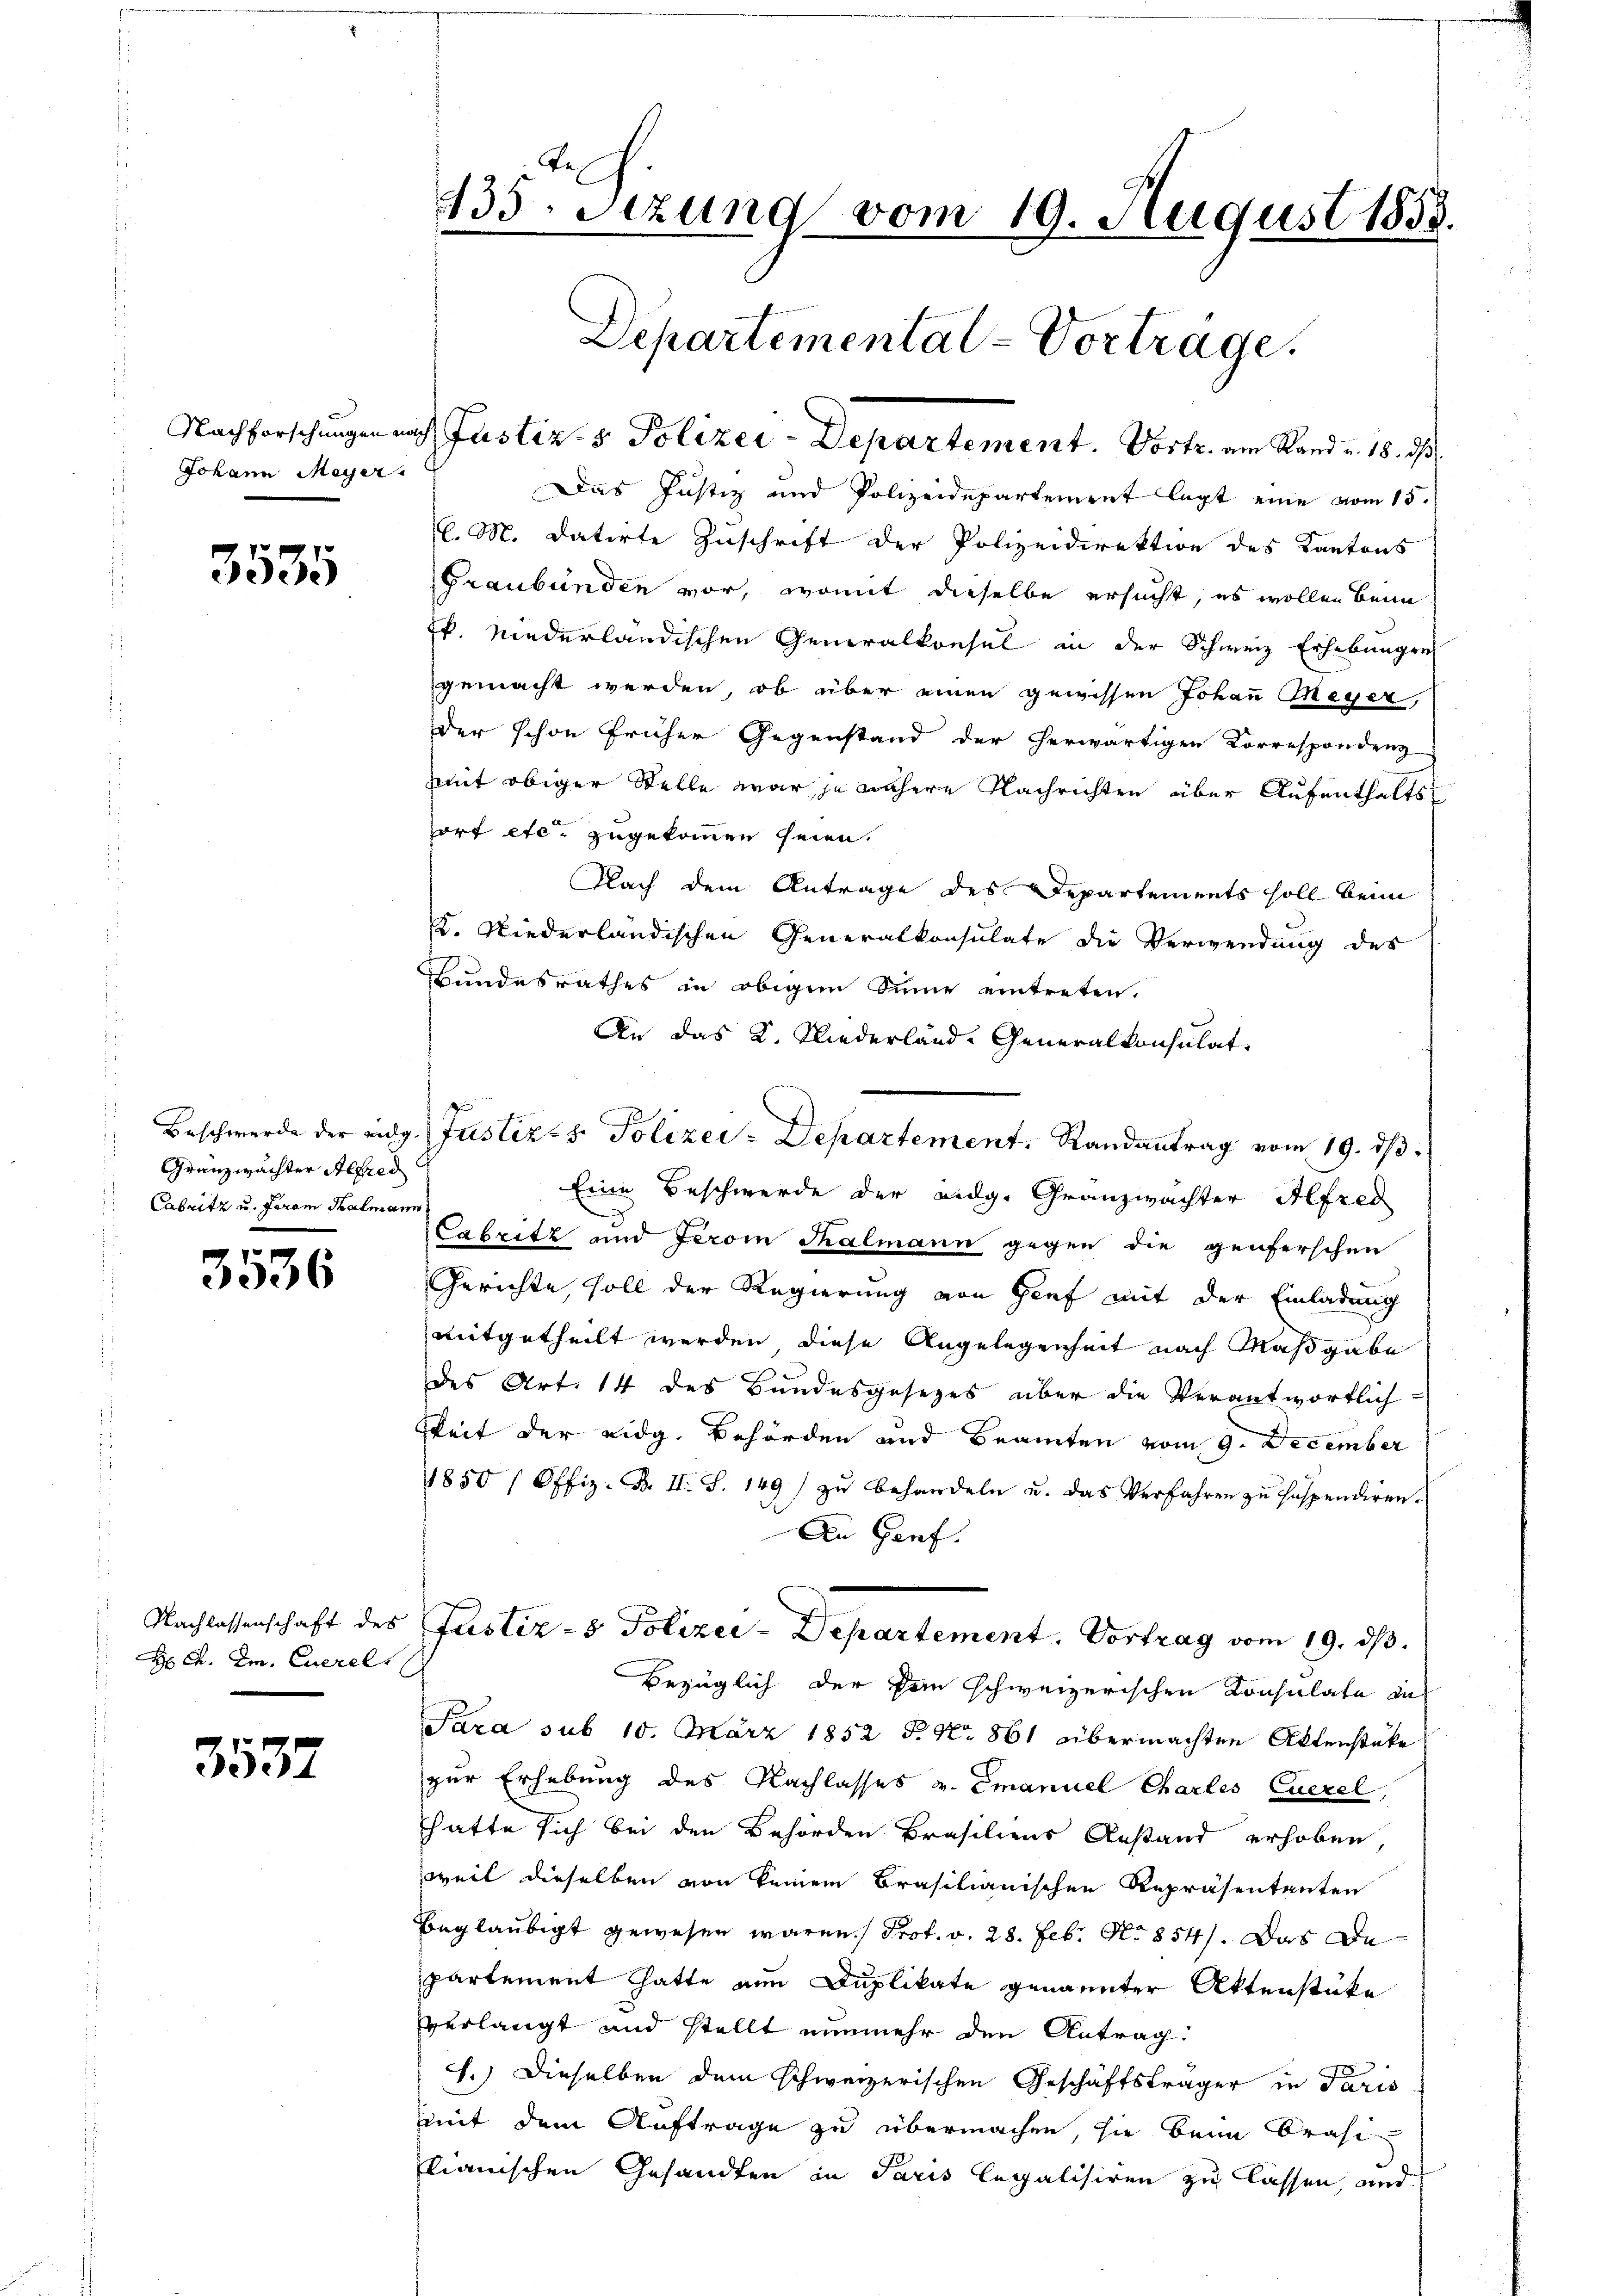
Nachforschungen nach
Johann Meyer.

3535

Grenzwachter Alfred
Cabritz u. Faram Salmann

3536

Nachlassenschaft des
H A. Im. Euerel

3532

s

435. Sitzung vom 19. August 1858.
Departemental-Vorträge.

Beschwerde der eidg. Justiz- & Polizei-Departement. Randantrag vom 19. dβ

Justiz- & Polizei-Departement. Vortr. am Rand a. 18. ds.
Das Justiz und Polizeidepartement legt eine vom 15.
l. M. datirte Zuschrift der Polizeidirektion des Kantons
Graubünden vor, womit dieselbe ersucht, es wollen beim
k. niederländischen Generalkonsul in der Schweiz Erhebungen
gemacht werden, ob über einen gewissen Johann Meyer,
Der schon früher Gegenstand der herwärtigen Korrespondenz
mit obiger Stelle war je nähere Nachrichten über Aufenthalts
fort etc. zugekommen seien.
Nach dem Antrage des Departements soll beim
K. Niederländischen Generalkonsulate die Verwendung des
Bundesrathes in obigem Sinne eintreten.
An das K. Niederland-Generalkonsulat,
Eine Beschwerde der Eidg. Granzwachter Alfred
Cabritz und Jerom Thalmann gegen die genferschen
Gerichte, soll der Regierung von Genf mit der Einladung
mitgetheilt werden, diese Angelegenheit nach Maßgabe
des Art. 14 des Bundesgesezes über die Verantwortlich-
gkeit der eidg. Behörden und Beamten vom 9. December
1850 / Offiz. B. II. S. 149) zu behandeln u. das Verfahren zu suspendiren.
An Garf.
Justiz - Polizei-Departement. Vortrag vom 19. ds.
Bezüglich der kein schweizerischen Konsulate in
Tara sub 10. März 1852 S. No 861 übermachten Aktenstüke
zur Erhebung des Nachlasses v. Emanuel Charlis Querel,
hatte sich bei den Behörden Brasiliens Anstand erhoben
weil dieselben von keinem Brasilianischen Repräsentanten
ugläubigt gewesen waren Prot. v. 28. Feb. No 854. Das Departement hatte ain Duplikate genannter Aktenstüke
verlangt und stellt nunmehr den Antrag:
1.) Dieselben dem schweizerischen Geschäftsträger in Paris
mit dem Auftrage zu übermachen, sie beim Brasi
kianischen Gesandten in Paris legalisiren zu lassen, und